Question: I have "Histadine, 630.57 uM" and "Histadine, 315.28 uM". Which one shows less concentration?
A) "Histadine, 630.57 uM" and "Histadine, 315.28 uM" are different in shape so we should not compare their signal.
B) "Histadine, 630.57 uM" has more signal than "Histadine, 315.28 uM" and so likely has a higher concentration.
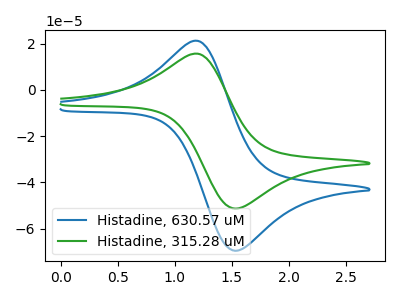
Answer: <think>The blue curve "Histadine, 630.57 uM" has an anodic peak at (1.20V, 21.15uA) and a cathodic peak at (1.55V, -69.55uA). The green curve "Histadine, 315.28 uM" has an anodic peak at (1.20V, 15.60uA) and a cathodic peak at (1.55V, -51.30uA).
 All the peaks in "Histadine, 630.57 uM" have a peak in "Histadine, 315.28 uM" at the same potential. Every peak in "Histadine, 630.57 uM" is higher than every peak in "Histadine, 315.28 uM".</think>
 <answer>B) "Histadine, 630.57 uM" has more signal than "Histadine, 315.28 uM" and so likely has a higher concentration.</answer>
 <eval>B</eval>